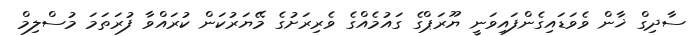
ސާދިގް ޚާން ވެވަޑައިގެންފައިވަނީ ޔޫރަޕްގެ ގައުމެއްގެ ވެރިރަށުގެ މޭޔަރުކަން ކުރައްވާ ފުރަތަމަ މުސްލިމް